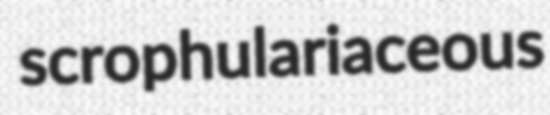
scrophulariaceous